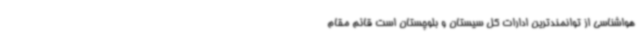
هواشناسی از توانمندترین ادارات کل سیستان و بلوچستان است قائم مقام